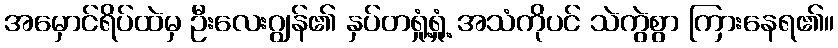
အမှောင်ရိပ်ထဲမှ ဦးလေးဂျွန်၏ နှပ်တရှုံ့ရှုံ့ အသံကိုပင် သဲကွဲစွာ ကြားနေရ၏။